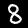
Digit: 8